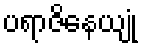
ပရာဇိနေယျုံ